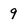
Character: 9